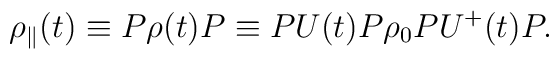
{\rho}_{\parallel}(t) \equiv P \rho (t) P\equiv P U(t) P {\rho}_{0} P U^{+}(t) P .